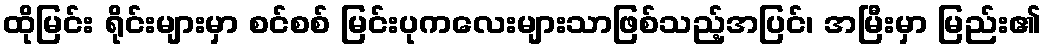
ထိုမြင်း ရိုင်းများမှာ စင်စစ် မြင်းပုကလေးများသာဖြစ်သည့်အပြင်၊ အမြီးမှာ မြည်း၏